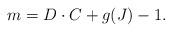
LaTeX: \begin{align*}m=D\cdot C+g(J)-1.\end{align*}